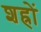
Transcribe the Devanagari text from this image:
शह्रों